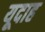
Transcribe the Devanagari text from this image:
यूदाह